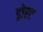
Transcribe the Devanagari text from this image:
ड्रोस्ट